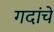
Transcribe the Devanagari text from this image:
गदांचे